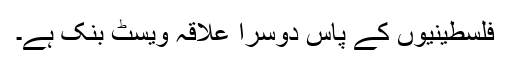
فلسطینیوں کے پاس دوسرا علاقہ ویسٹ بنک ہے۔